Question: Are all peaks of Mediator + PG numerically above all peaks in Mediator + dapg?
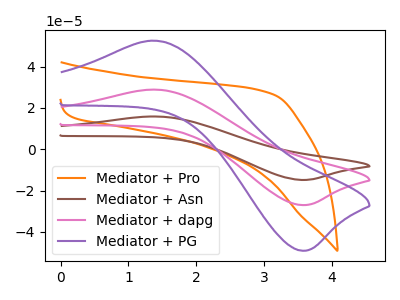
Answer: <think>The orange curve "Mediator + Pro" has no peaks. The brown curve "Mediator + Asn" has an anodic peak at (1.35V, 57.80uA) and a cathodic peak at (3.55V, -54.00uA). The pink curve "Mediator + dapg" has an anodic peak at (1.35V, 28.90uA) and a cathodic peak at (3.55V, -27.00uA). The purple curve "Mediator + PG" has an anodic peak at (1.35V, 52.55uA) and a cathodic peak at (3.55V, -49.10uA).</think>
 <answer>Every peak in "Mediator + PG" is higher than every peak in "Mediator + dapg".</answer>
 <eval>higher</eval>